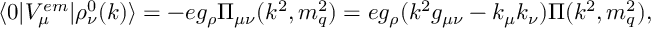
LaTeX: \langle 0 | { \cal V } _ { \mu } ^ { e m } | \rho _ { \nu } ^ { 0 } ( k ) \rangle = - e g _ { \rho } \Pi _ { \mu \nu } ( k ^ { 2 } , m _ { q } ^ { 2 } ) = e g _ { \rho } ( k ^ { 2 } g _ { \mu \nu } - k _ { \mu } k _ { \nu } ) \Pi ( k ^ { 2 } , m _ { q } ^ { 2 } ) ,